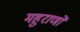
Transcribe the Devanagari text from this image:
महुराणों